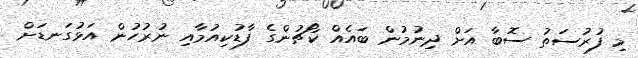
މި ފުރުސަތު ސޮބާ އަށް ދިނުމުން ބައެއް ކޯޗުންގެ ފާޑުކިއުމާއި ނުރުހުން އަޅުގަނޑަށް